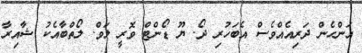
އަންހެން ދަރިއެއްވެސް އެބަހުރި ދޯ. ޔޫ ޑޯންޓް ވޮރީ ލަވް. ލޯތްބާއެކު ޝާއިރާ